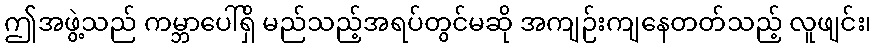
ဤအဖွဲ့သည် ကမ္ဘာပေါ်ရှိ မည်သည့်အရပ်တွင်မဆို အကျဉ်းကျနေတတ်သည့် လူဖျင်း၊